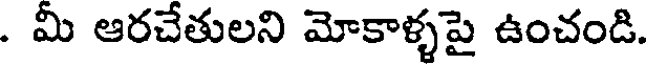
. మీ ఆరచేతులని మోకాళ్ళపై ఉంచండి.